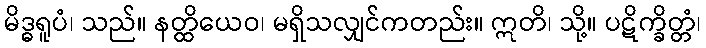
မိဒ္ဓရူပံ၊ သည်။ နတ္ထိယေဝ၊ မရှိသလျှင်ကတည်း။ ဣတိ၊ သို့။ ပဋိက္ခိတ္တံ၊